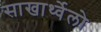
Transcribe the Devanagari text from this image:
साखार्थ्वेलो